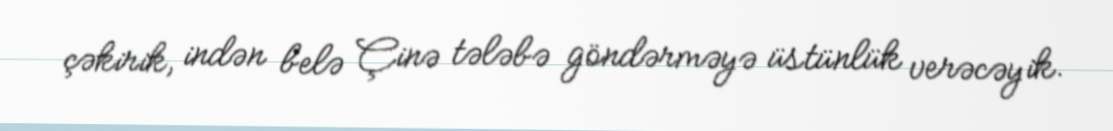
çəkirik, indən belə Çinə tələbə göndərməyə üstünlük verəcəyik.